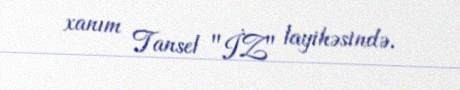
xanım Tansel "İZ" layihəsində.